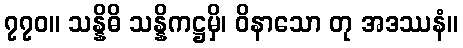
၇၇၀။ သန္နိဓိ သန္နိကဋ္ဌမှိ၊ ဝိနာသော တု အဒဿနံ။